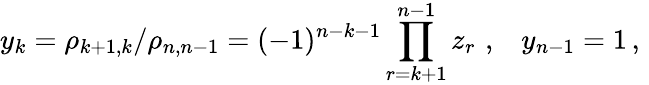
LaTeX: y_{k}=\rho_{k+1,k}/\rho_{n,n-1}=(-1)^{n-k-1}\prod_{r=k+1}^{n-1}z_{r}\, \, ,\, \, \, \, \, y_{n-1}=1\, ,\, \,